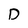
Character: D